Source: Handwritten
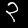
Digit: ၃ (3)